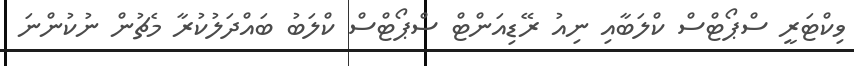
ވިކްޓަރީ ސްޕޯޓްސް ކްލަބާއި ނިއު ރޭޑިއަންޓް ސްޕޯޓްސް ކްލަބު ބައްދަލުކުރާ މެޗުން ނުކުންނަ